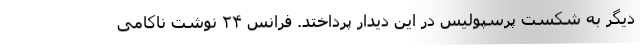
دیگر به شکست پرسپولیس در این دیدار پرداختد. فرانس ۲۴ نوشت ناکامی